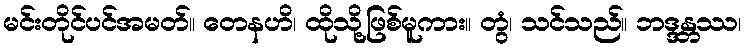
မင်းတိုင်ပင်အမတ်။ တေနဟိ၊ ထိုသို့ဖြစ်မူကား။ တွံ၊ သင်သည်။ ဘဒ္ဒန္တဿ၊